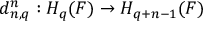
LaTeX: d _ { n , q } ^ { n } : H _ { q } ( F ) \to H _ { q + n - 1 } ( F )